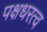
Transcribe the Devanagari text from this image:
पक्षधरत्व